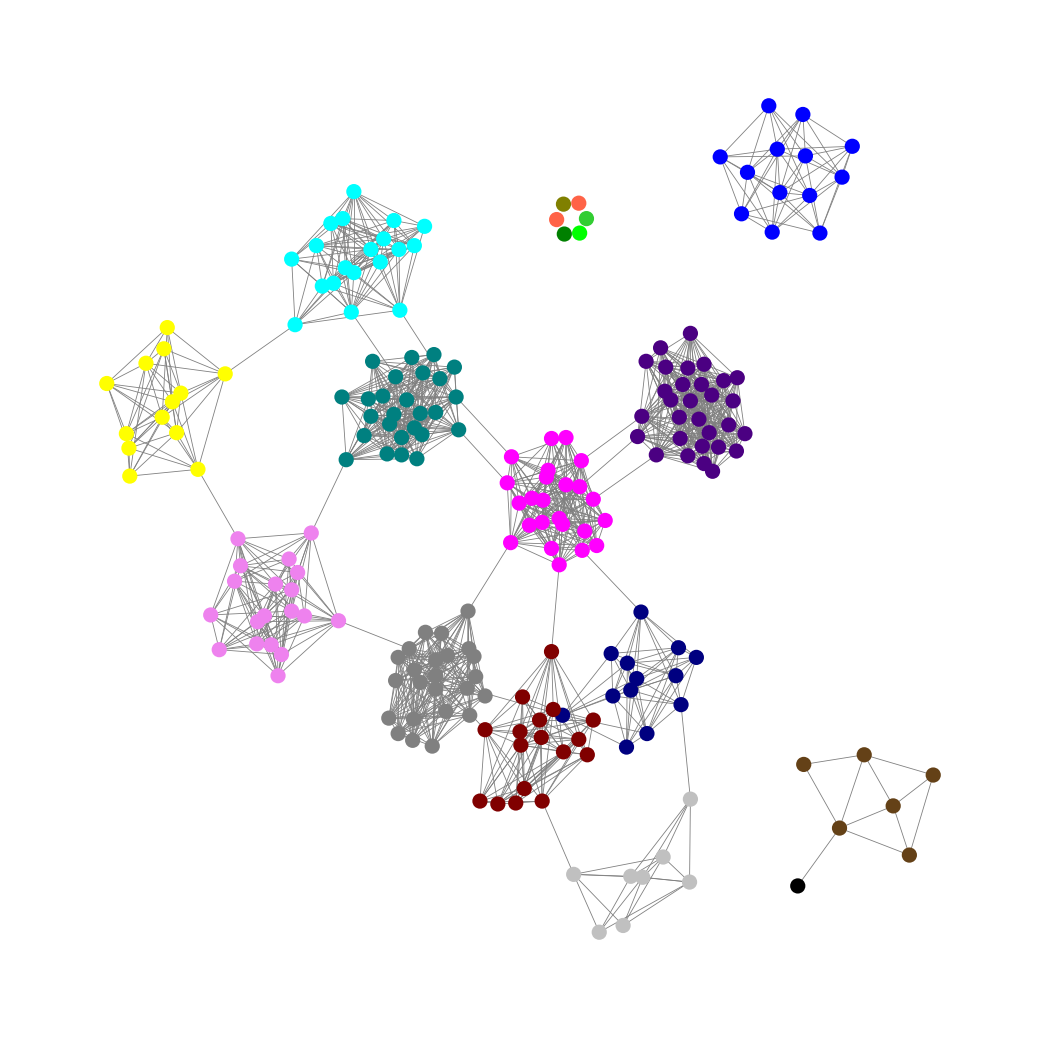
Graph connected: No
Number of connected components: 9
Number of singletons: 6
Total number of nodes: 219
Total number of edges: 1441
Number of communities: 18
Community sizes:
Aqua: 19
Black: 1
Blue: 13
Fuchsia: 24
Gray: 24
Green: 1
Indigo: 30
Lime: 1
Lime Green: 1
Maroon: 17
Navy: 13
Olive: 1
Pullman Brown: 6
Silver: 8
Teal: 26
Tomato: 2
Violet: 19
Yellow: 13
Graph layout: tda
Graph generation method: erdos_renyi